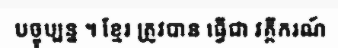
បច្ចុប្បន្ន ។ ខ្មែរ ត្រូវបាន ធ្វើជា វគ្គីករណ៍